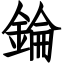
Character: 錀